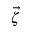
\vec { \zeta }